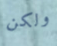
ولكن